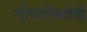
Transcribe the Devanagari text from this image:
गोपनीयतेचे